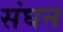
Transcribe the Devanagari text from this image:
संघन